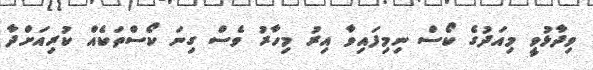
ވިދާޅުވީ މިއަދުގެ ކޯސް ނިމިފައިވާ އިރު މިހާރު ވެސް ގިނަ ކޯސްތަކެއް ކުރިއަށްދާ